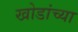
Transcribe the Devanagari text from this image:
खोडांच्या